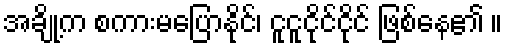
အချို့က စကားမပြောနိုင်၊ ငူငူငိုင်ငိုင် ဖြစ်နေ၏ ။